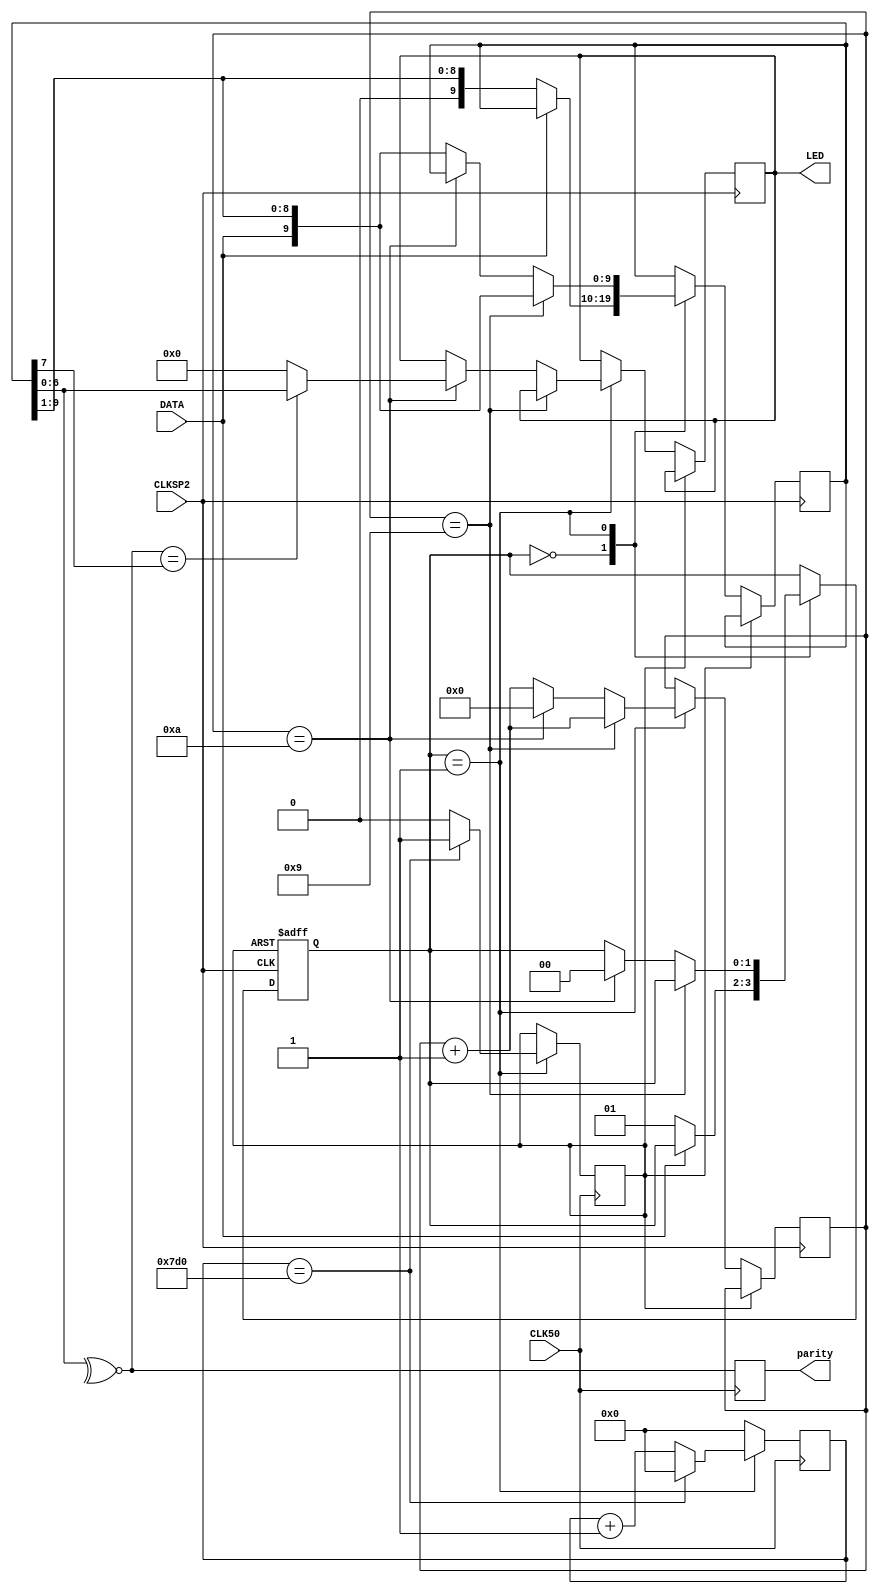
module Teclado(
	input CLK50, 
	input CLKSP2,
	input DATA,
	output reg parity,
	output [6:0] LED);
	
wire [7:0] ARROW_UP = 8'h75;	//codes for arrows
wire [7:0] ARROW_DOWN = 8'h72;

reg read,reset;
reg [11:0] cread;	//Watchdog
reg error;
reg [9:0] serbits;	//Palabra de 7 bits, 1 paridad, inicio, fin y ack
reg [3:0] n;		//Cantidad de bits recibidos
reg [6:0] byt;
wire CLK;
reg [15:0] C;
reg [1:0] Estados;

parameter Inicio=2'd0;
parameter Datos=2'd1;
parameter Stop=2'd2;

//Divisor de Frecuencia
assign CLK=CLK50;

assign LED=byt;

always @(posedge CLK)
parity = ~^serbits[6:0];

always @(posedge CLK)
	if(Estados==Datos)
		if(cread==2000) begin
			reset=1;
			cread=0;
		end
		else begin
			cread=cread+1;
			reset=0;
		end
	else
		cread=0;

always @(posedge CLKSP2 or posedge reset)
if(reset)
	Estados=Inicio;
else
	case(Estados)
		Inicio:
		begin
			if (!DATA) begin
				Estados=Datos;
				serbits={DATA,serbits[9:1]};
			end
		end
		Datos:
		begin
			if (n==9) begin
				n=n+1;
				serbits={DATA,serbits[9:1]};
			end
			else if(n==10) begin
				n=0;
				if(~^serbits[6:0]==serbits[7])
					byt=serbits[6:0];
				else
					byt=7'b0;
				Estados=Inicio;
			end
			else begin
				n=n+1;
				serbits={DATA,serbits[9:1]};
			end
		end
	endcase
endmodule